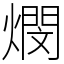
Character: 燘